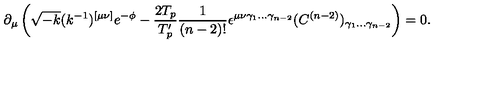
\partial _ { \mu } \left( \sqrt { - k } ( k ^ { - 1 } ) ^ { [ \mu \nu ] } e ^ { - \phi } - \frac { 2 T _ { p } } { T _ { p } ^ { \prime } } \frac { 1 } { ( n - 2 ) ! } \epsilon ^ { \mu \nu \gamma _ { 1 } \ldots \gamma _ { n - 2 } } ( C ^ { ( n - 2 ) } ) _ { \gamma _ { 1 } \ldots \gamma _ { n - 2 } } \right) = 0 .